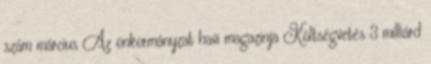
szám március Az önkormányzat havi magazinja Költségvetés 3 milliárd